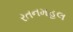
રતનમહલ